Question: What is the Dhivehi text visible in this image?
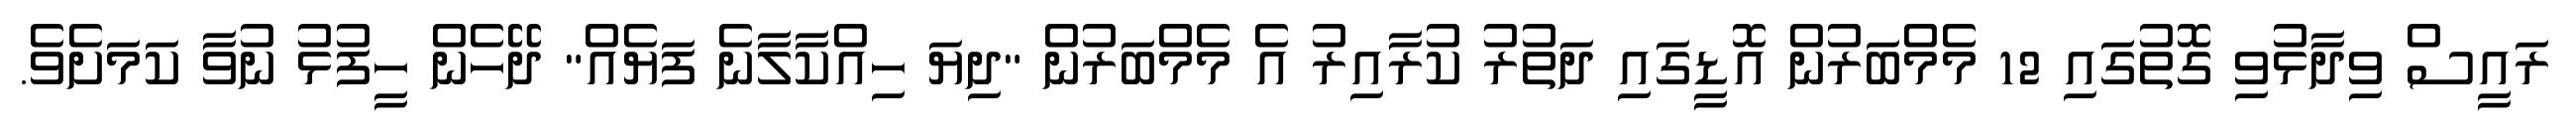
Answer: ރައީސް ވިދާޅުވި ގޮތުގައި 12 މެމްބަރުން އޮޑީގައި ދަތުރު ކުރާއިރު އެ މެމްބަރުން "ދިޔަ ހިއްކާލާނެ ފަޔެއް" ދޭހެން ހީފުޅު ނުވާ ކަމަށެވެ.